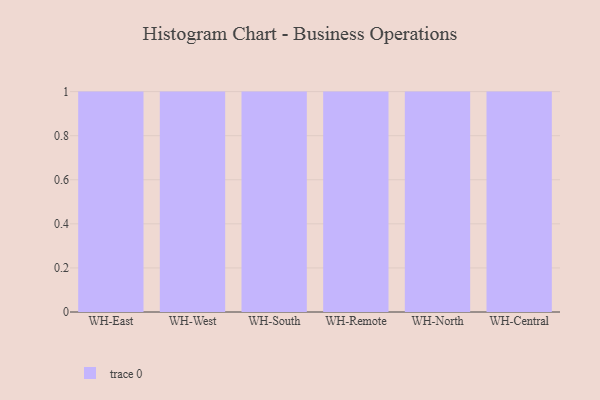
{"axis": {"x": "Warehouse", "y": "Budget (USD K)"}, "legend": [""], "data": [{"x": "WH-East", "y": 100, "type": ""}, {"x": "WH-West", "y": 83, "type": ""}, {"x": "WH-South", "y": 19, "type": ""}, {"x": "WH-Remote", "y": 28, "type": ""}, {"x": "WH-North", "y": 96, "type": ""}, {"x": "WH-Central", "y": 19, "type": ""}]}